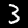
Label: 3